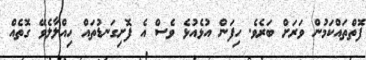
ފޮތްތައްކަމުން ވަރަށް ބަރެވެ. ހިފަން އުޅެއުޅެ ވެސް އެ ފޮށިގަނޑުތައް ހިއްލާލެވޭ ގޮތެއް